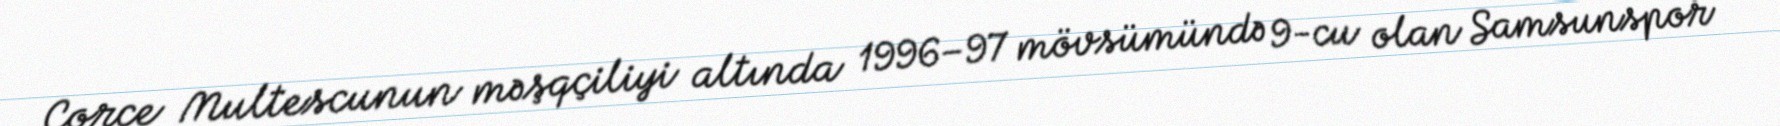
Corce Multescunun məşqçiliyi altında 1996–97 mövsümündə 9-cu olan Samsunspor